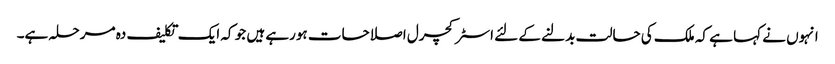
انہوں نے کہا ہے کہ ملک کی حالت بدلنے کے لئے اسٹرکچرل اصلاحات ہورہے ہیں جو کہ ایک تکلیف دہ مرحلہ ہے۔